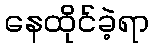
နေထိုင်ခဲ့ရာ